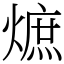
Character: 熫